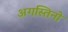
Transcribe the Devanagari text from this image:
अगस्तिनो